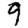
Digit: 9